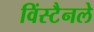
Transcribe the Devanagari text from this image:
विंस्टैनले